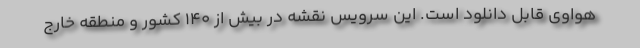
هواوی قابل دانلود است. این سرویس نقشه در بیش از ۱۴۰ کشور و منطقه خارج